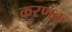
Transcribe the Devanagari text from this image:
करणक